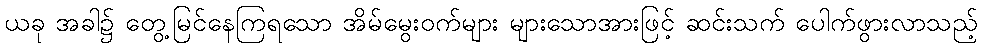
ယခု အခါ၌ တွေ့မြင်နေကြရသော အိမ်မွေးဝက်များ များသောအားဖြင့် ဆင်းသက် ပေါက်ဖွားလာသည့်